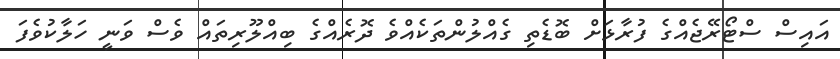
އައިސް ސްޓޯރޭޖެއްގެ ފުރާޅަށް ބޮޑެތި ގެއްލުންތަކެއްވެ ދޮރެއްގެ ބިއްލޫރިތައް ވެސް ވަނީ ހަލާކުވެފަ